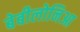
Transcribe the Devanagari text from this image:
बेबीलोनिआ